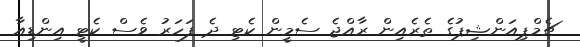
ޗެމްޕިއަންޝިޕުގެ ތެރެއިން ރާއްޖެ ސެމީން ކެޓި ދެ ފަހަރު ވެސް ކެޓީ އިންޑިއާ